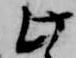
此